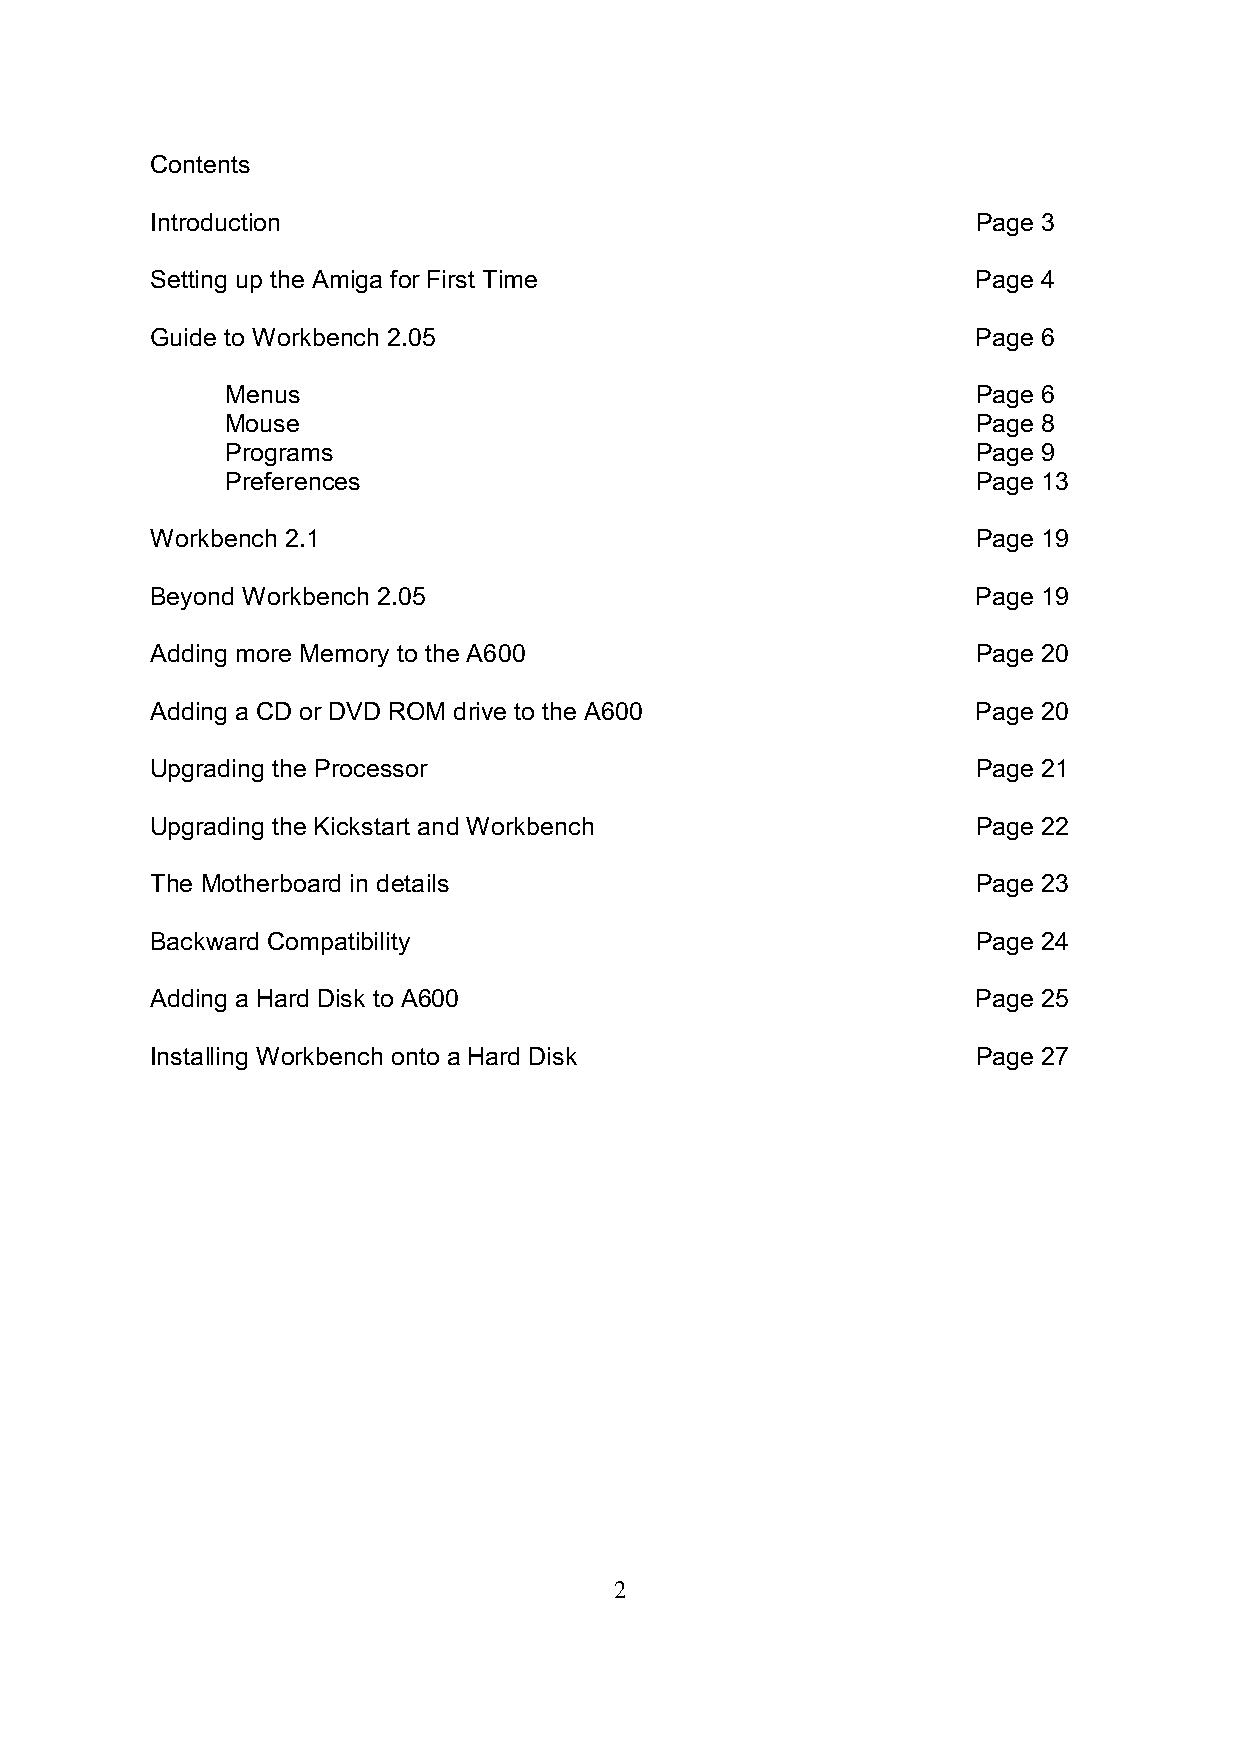
Contents
 Introduction                                           Page 3
 Setting up the Amiga for First Time                    Page 4
 Guide to Workbench 2.05                                Page 6
 Menus                                             Page 6
 Mouse                                             Page 8
 Programs                                          Page 9
 Preferences                                       Page 13
 Workbench 2.1                                          Page 19
 Beyond Workbench 2.05                                  Page 19
 Adding more Memory to the A600                         Page 20
 Adding a CD or DVD ROM drive to the A600               Page 20
 Upgrading the Processor                                Page 21
 Upgrading the Kickstart and Workbench                  Page 22
 The Motherboard in details                             Page 23
 Backward Compatibility                                 Page 24
 Adding a Hard Disk to A600                             Page 25
 Installing Workbench onto a Hard Disk                  Page 27
 2